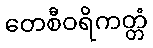
တေစီဝရိကတ္တံ